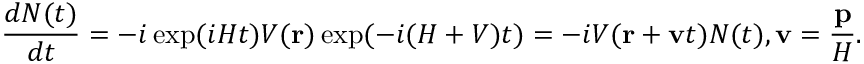
\frac { d N ( t ) } { d t } = - i \exp ( i { \cal H } t ) V ( { \bf r } ) \exp ( - i ( { \cal H } + V ) t ) = - i V ( { \bf r } + { \bf v } t ) N ( t ) , { \bf v } = \frac { { \bf p } } { { \cal H } } .